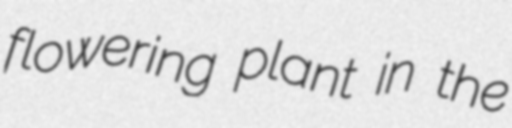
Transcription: flowering plant in the